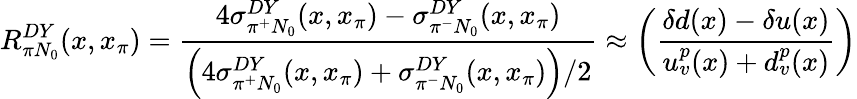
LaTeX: R_{\pi N_{0}}^{DY}(x,x_{\pi})=\frac{4\sigma_{\pi^{+}N_{0}}^{DY}(x,x_{\pi})-\sigma_{\pi^{-}N_{0}}^{DY}(x,x_{\pi})}{\left(4\sigma_{\pi^{+}N_{0}}^{DY}(x,x_{\pi})+\sigma_{\pi^{-}N_{0}}^{DY}(x,x_{\pi})\right)/2}\approx\left(\frac{\delta d(x)-\delta u(x)}{u_{v}^{p}(x)+d_{v}^{p}(x)}\right)